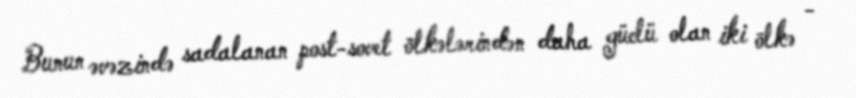
Bunun əvəzində sadalanan post-sovet ölkələrindən daha güclü olan iki ölkə -